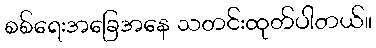
စစ်ရေးအခြေအနေ သတင်းထုတ်ပါတယ်။